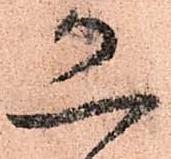
恐